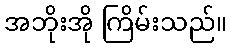
အဘိုးအို ကြိမ်းသည်။